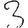
Digit: 3